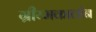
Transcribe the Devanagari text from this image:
ग्रीय्मकालीन